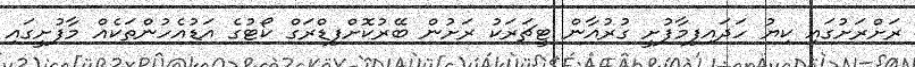
ރަށްރަށުގައި ކިޔު ހަދައިފިމާފުށީ ގުރުއާން ޓީޗަރަކު ރަށުން ބޭރުކޮށްފިޑްރަގް ކޯޓުގެ އަޑުއެހުންތަކެއް މާފުށީގައި